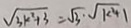
\sqrt { 3 k ^ { 2 } + 3 } = \sqrt { 3 } \cdot \sqrt { k ^ { 2 } + 1 }